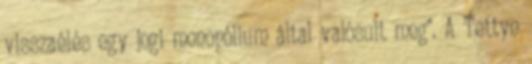
visszaélés egy jogi monopólium által valósult meg". A Tettye